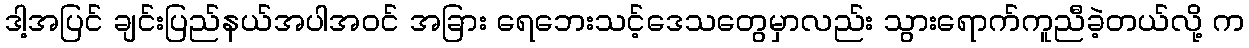
ဒါ့အပြင် ချင်းပြည်နယ်အပါအဝင် အခြား ရေဘေးသင့်ဒေသတွေမှာလည်း သွားရောက်ကူညီခဲ့တယ်လို့ က